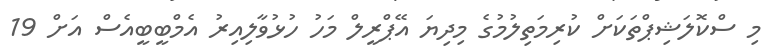
މި ސްކޮލަޝިޕްތަކަށް ކުރިމަތިލުމުގެ މިދިޔަ އޭޕްރީލް މަހު ހުޅުވާލިއިރު އެމްބީބީއެސް އަށް 19